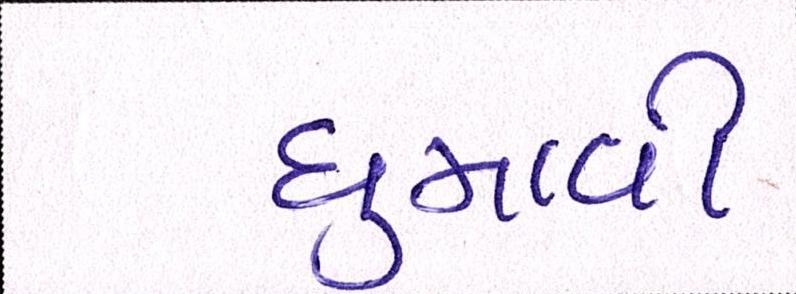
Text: ઘુમાવી